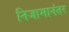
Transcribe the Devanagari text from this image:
निजामानंतर